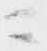
ニ